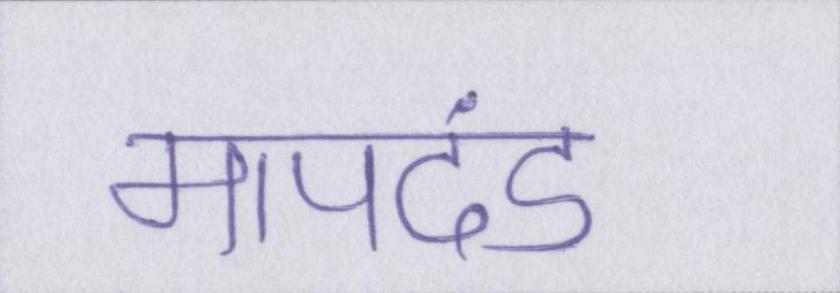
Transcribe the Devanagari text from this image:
मापदंड